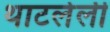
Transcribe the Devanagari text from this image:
थाटलेली